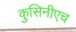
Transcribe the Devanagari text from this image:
कुसिनीएच